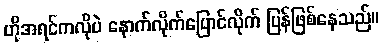
ဟိုအရင်ကလိုပဲ နောက်လိုက်ပြောင်လိုက် ပြန်ဖြစ်နေသည်။